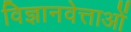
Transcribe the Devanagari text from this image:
विज्ञानवेत्ताओं